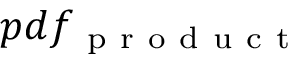
p d f _ { \mathrm { ~ p ~ r ~ o ~ d ~ u ~ c ~ t ~ } }